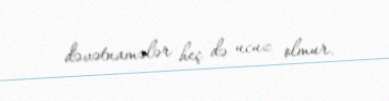
dəvətnamələr heç də ucuz olmur.